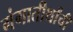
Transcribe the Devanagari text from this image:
गंगातीर्थांची